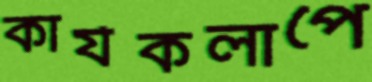
কার্যকলাপে